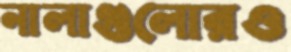
নালাগুলোরও